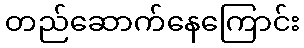
တည်ဆောက်နေကြောင်း